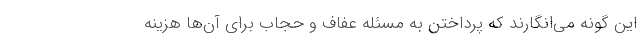
این گونه می‌انگارند که پرداختن به مسئله عفاف و حجاب برای آن‌ها هزینه